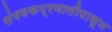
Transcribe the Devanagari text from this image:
संगणकप्रणालीपासून